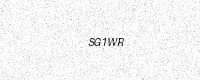
Text: SG1WR